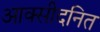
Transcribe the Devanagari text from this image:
आक्सीदनित